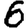
Digit: 6